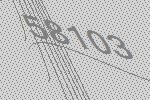
58103